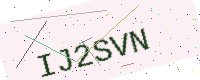
Text: IJ2SVN